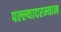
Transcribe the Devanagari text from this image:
पल्ल्यादरम्यान